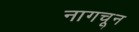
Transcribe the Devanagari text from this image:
नागचून